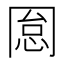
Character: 𠕡